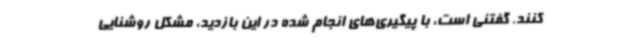
کنند. گفتنی است، با پیگیری‌های انجام شده در این بازدید، مشکل روشنایی